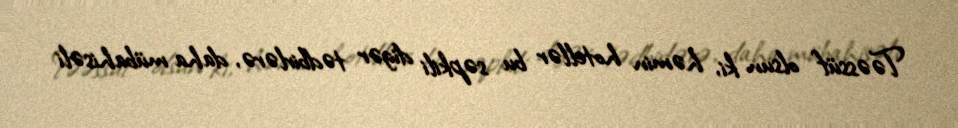
Təəssüf olsun ki, həmin hotellər bu səpkili digər tədbirlərə, daha mübahisəli